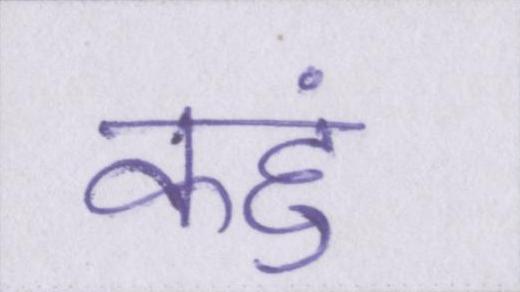
कहुं